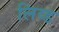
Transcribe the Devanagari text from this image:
लिव्‍ड